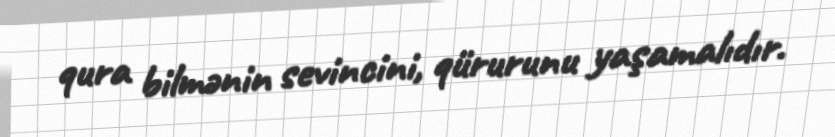
qura bilmənin sevincini, qürurunu yaşamalıdır.